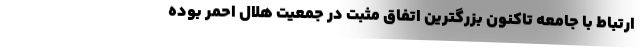
ارتباط با جامعه تاکنون بزرگترین اتفاق مثبت در جمعیت هلال احمر بوده